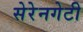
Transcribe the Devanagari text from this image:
सेरेनगेटी